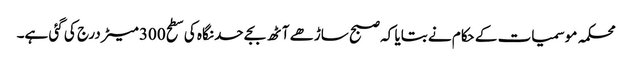
محکمہ موسمیات کے حکام نے بتایا کہ صبح ساڑھے آٹھ بجے حد نگاہ کی سطح 300 میٹر درج کی گئی ہے۔